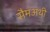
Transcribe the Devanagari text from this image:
सैमअथ़ी